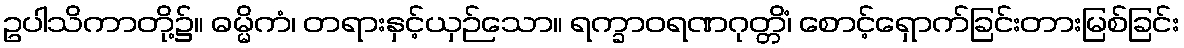
ဥပါသိကာတို့၌။ ဓမ္မိကံ၊ တရားနှင့်ယှဉ်သော။ ရက္ခာဝရဏဂုတ္တိံ၊ စောင့်ရှောက်ခြင်းတားမြစ်ခြင်း